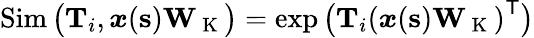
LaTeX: \operatorname{Sim}\big(\mathbf{T}_{i},\boldsymbol{x}(\mathbf{s})\mathbf{W}_{\mathrm{~K~}}\big)=\exp\big(\mathbf{T}_{i}\left(\boldsymbol{x}(\mathbf{s})\mathbf{W}_{\mathrm{~K~}}\right)^{\sf T}\big)